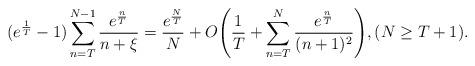
LaTeX: \begin{align*}(e^{\frac{1}{T}}-1)\sum_{n=T}^{N-1} \frac{e^{\frac{n}{T}}}{n+\xi}= \frac{e^{\frac{N}{T}}}{N} + O\Bigg(\frac{1}{T} + \sum_{n=T}^{N} \frac{e^{\frac{n}{T}}}{(n+1)^2}\Bigg), (N \geq T+1). \end{align*}